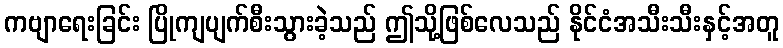
ကဗျာရေးခြင်း ပြိုကျပျက်စီးသွားခဲ့သည် ဤသို့ဖြစ်လေသည် နိုင်ငံအသီးသီးနှင့်အတူ